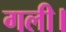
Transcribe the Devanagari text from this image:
गली।